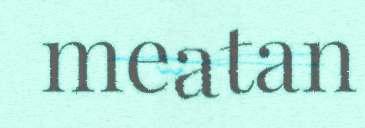
meatan